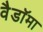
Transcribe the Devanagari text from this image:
वैडाॅमा